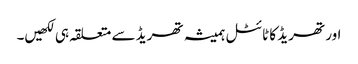
اور تھریڈ کا ٹائٹل ہمیشہ تھریڈ سے متعلقہ ہی لکھیں۔